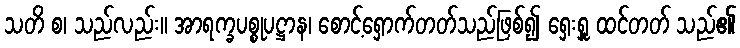
သတိ စ၊ သည်လည်း။ အာရက္ခပစ္စုပဋ္ဌာန၊ စောင့်ရှောက်တတ်သည်ဖြစ်၍ ရှေးရှူ ထင်တတ် သည်၏